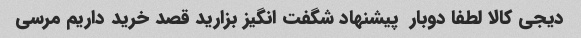
دیجی کالا لطفا دوبار  پیشنهاد شگفت انگیز بزارید قصد خرید داریم مرسی